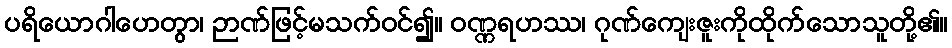
ပရိယောဂါဟေတွာ၊ ဉာဏ်ဖြင့်မသက်ဝင်၍။ ဝဏ္ဏရဟဿ၊ ဂုဏ်ကျေးဇူးကိုထိုက်သောသူတို့၏။